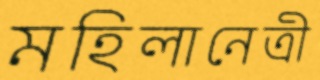
মহিলানেত্রী